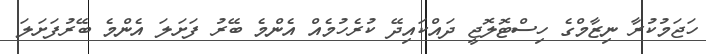
ހަޖަމުކުރާ ނިޒާމްގެ ހިސްޓޮލޮޖީ ދައްކައިދޭ ކުރެހުމެއް އެންމެ ބޭރު ފަށަލަ އެންމެ ބޭރުފަށަލަ